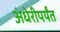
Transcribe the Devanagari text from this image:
अंधेरीपर्यंत